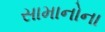
સામાનોના